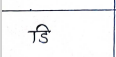
मजकूर: डि